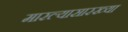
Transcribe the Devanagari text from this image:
मारल्यासारख्या